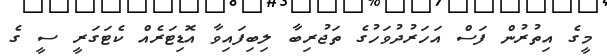
މީގެ އިތުރުން ފަސް އަހަރުދުވަހުގެ ތަޖުރިބާ ލިބިފައިވާ އޮޑިޓަރެއް ކެޓަގަރީ ސީ ގެ